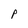
Character: p